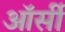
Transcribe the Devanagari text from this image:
ऑर्सी